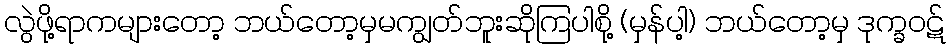
လွဲဖို့ရာကများတော့ ဘယ်တော့မှမကျွတ်ဘူးဆိုကြပါစို့ (မှန်ပါ့) ဘယ်တော့မှ ဒုက္ခဝဋ်